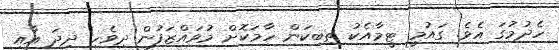
ހެދުމުގަ އެވެ. ގައުމީ ޓީމާއެކު ތިބިކަން ހާމަކޮށް މުވައްޒަފުން ދިވެހި ދިދަ އާއި